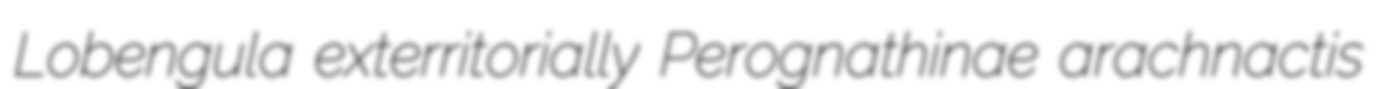
Lobengula exterritorially Perognathinae arachnactis